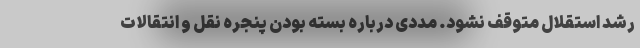
رشد استقلال متوقف نشود. مددی درباره بسته بودن پنجره نقل و انتقالات